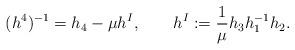
LaTeX: \begin{align*}(h^4)^{-1}=h_4-\mu h^I, \qquad h^I:=\frac{1}{\mu}h_3h_1^{-1}h_2.\end{align*}